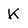
Character: K